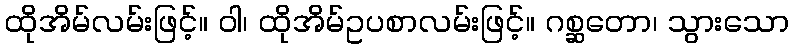
ထိုအိမ်လမ်းဖြင့်။ ဝါ၊ ထိုအိမ်ဥပစာလမ်းဖြင့်။ ဂစ္ဆတော၊ သွားသော